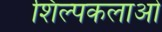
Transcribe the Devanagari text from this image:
शिल्पकलाओ